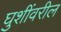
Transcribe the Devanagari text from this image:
घुशींवरील